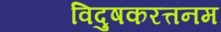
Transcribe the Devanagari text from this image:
विदुषकरत्तनम